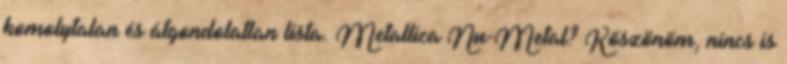
komolytalan és átgondolatlan lista. Metallica Nu-Metal? Köszönöm, nincs is